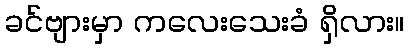
ခင်ဗျားမှာ ကလေးသေးခံ ရှိလား။